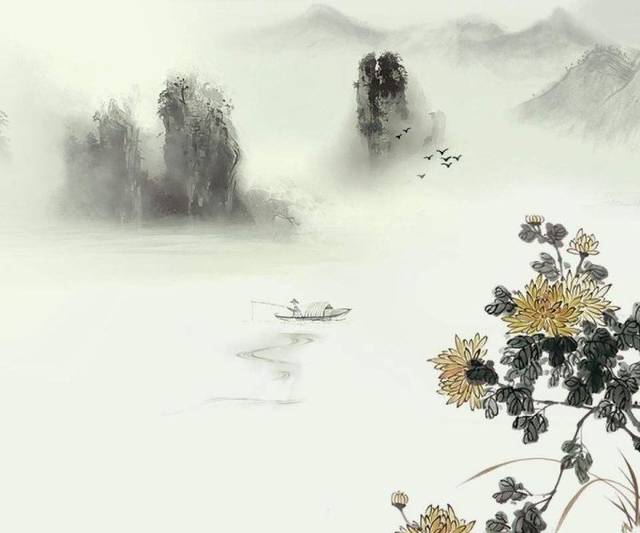
水风轻，蘋花渐老，月露冷梧叶飘黄。